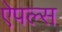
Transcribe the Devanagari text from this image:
ऐपल्स